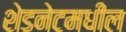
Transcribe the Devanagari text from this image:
शेडनेटमधील